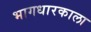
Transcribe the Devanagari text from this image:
भागधारकाला